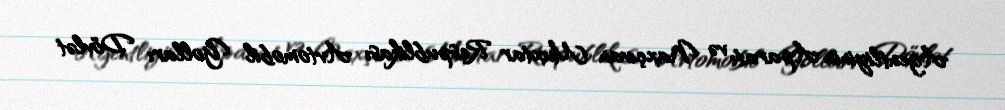
Agentliyinin Aparatı və Naxçıvan Muxtar Respublikası Avtomobil Yolları Dövlət